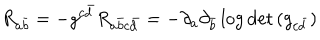
R _ { a { \bar { b } } } = - g ^ { c { \bar { d } } } R _ { a { \bar { b } } c { \bar { d } } } = - \partial _ { a } \partial _ { \bar { b } } \log { \det { ( g _ { c { \bar { d } } } ) } }